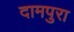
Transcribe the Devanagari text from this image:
दामपुरा